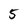
Character: 5